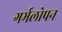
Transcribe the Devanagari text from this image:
गर्भलोपन